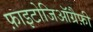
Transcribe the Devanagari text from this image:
फ़ाइटोजिऑग्रैफ़ी